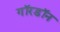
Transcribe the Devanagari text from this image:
गॉरडॉन